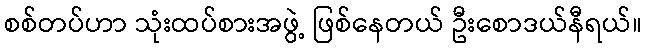
စစ်တပ်ဟာ သုံးထပ်စားအဖွဲ့ ဖြစ်နေတယ် ဦးစောဒယ်နီရယ်။